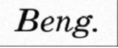
Beng.